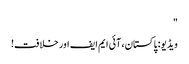
"
ویڈیو: پاکستان، آئی ایم ایف اور خلافت!